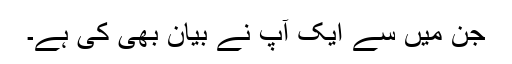
جن میں‌ سے ایک آپ نے بیان بھی کی ہے۔